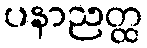
ပနာညတ္ထ